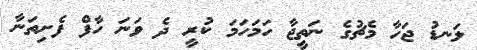
ލަނޑު ޖަހާ މެޗުގެ ނަތީޖާ ހަމަހަމަ ކުރީ ދެ ވަނަ ހާފް ފެށިތަނާ